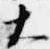
大